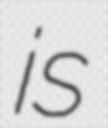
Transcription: is